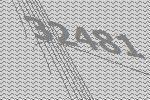
32481